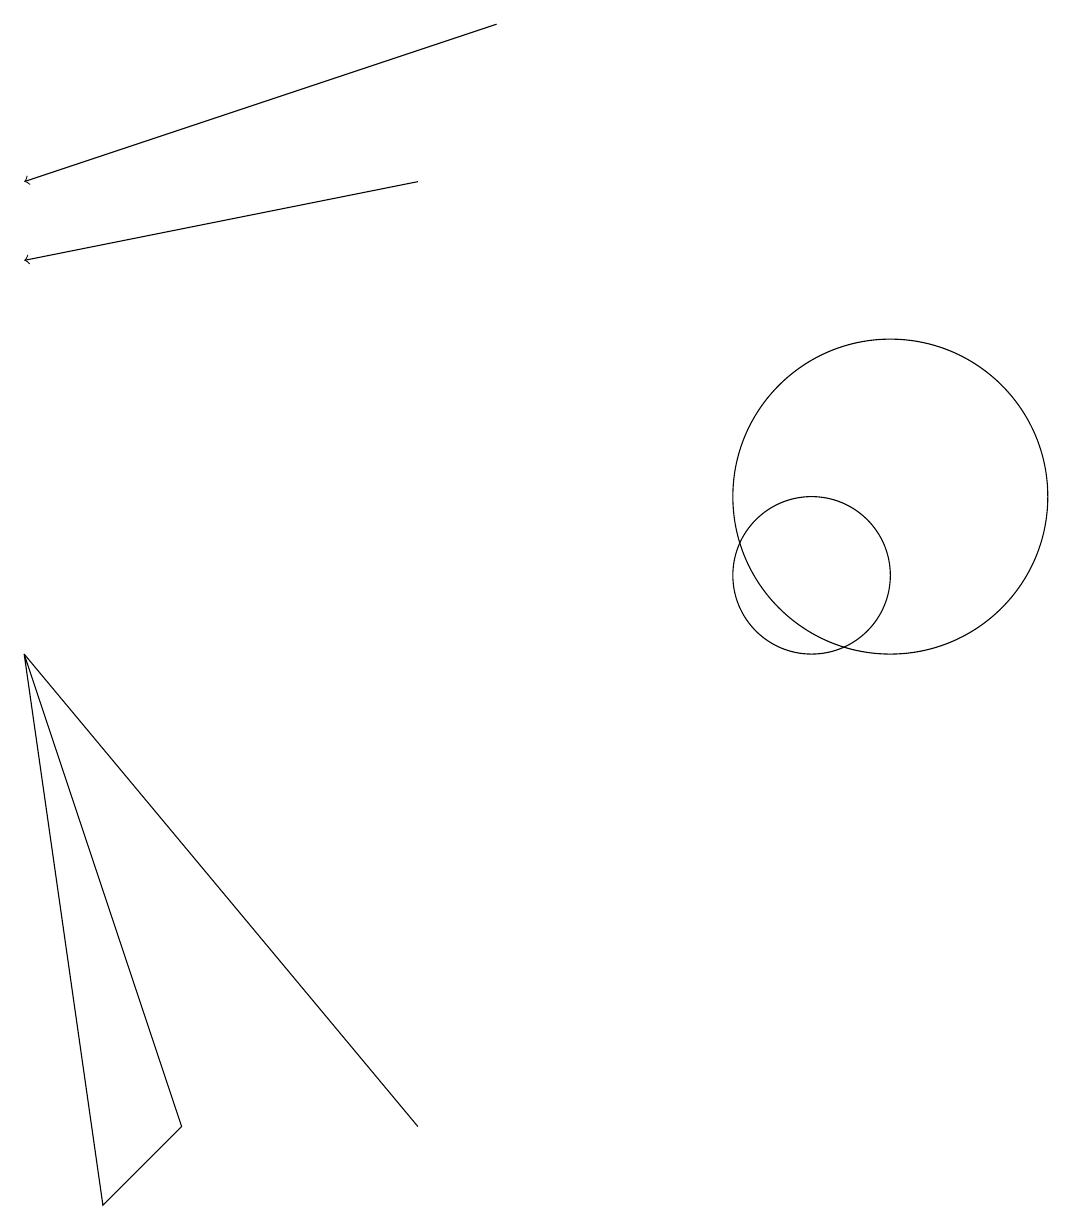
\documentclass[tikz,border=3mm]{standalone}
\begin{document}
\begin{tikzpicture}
\draw[->] (6,15) -- (1,14);
\draw[->] (7,17) -- (1,15);
\draw (1,9) -- (6,3) -- (6,3) -- cycle;
\draw (2,2) -- (1,9) -- (3,3) -- cycle;
\draw (11,10) circle (1);
\draw (12,11) circle (2);
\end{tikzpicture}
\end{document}